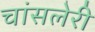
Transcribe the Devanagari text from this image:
चांसलेरी